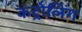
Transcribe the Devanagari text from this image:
कंट्रोलिंग